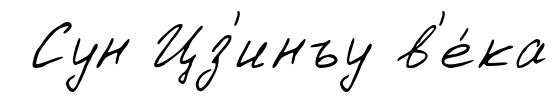
Сун Цз'инъу в'е́ка